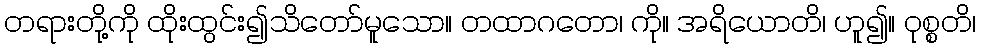
တရားတို့ကို ထိုးထွင်း၍သိတော်မူသော။ တထာဂတော၊ ကို။ အရိယောတိ၊ ဟူ၍။ ဝုစ္စတိ၊